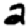
Digit: 2